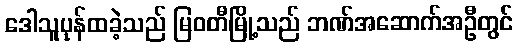
ဒေါသူပုန်ထခဲ့သည် မြဝတီမြို့သည် ဘဏ်အဆောက်အဦတွင်